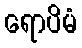
ရောပိမံ